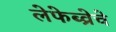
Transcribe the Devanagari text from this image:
लेफेब्व्रेचे